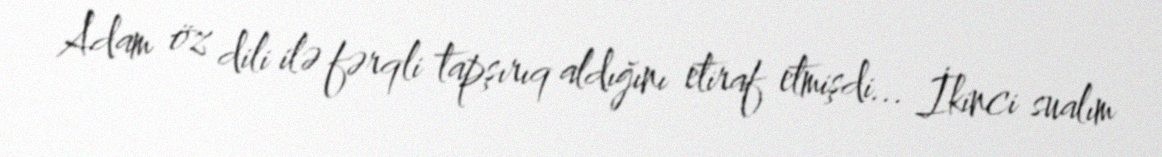
Adam öz dili ilə fərqli tapşırıq aldığını etiraf etmişdi... İkinci sualım